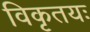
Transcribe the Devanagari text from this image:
विकृतयः